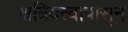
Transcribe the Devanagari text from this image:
क्षत्रियत्वापासून